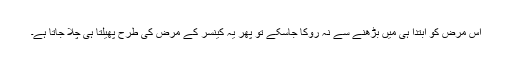
اس مرض کو ابتدا ہی میں بڑھنے سے نہ روکا جاسکے تو پھر یہ کینسر کے مرض کی طرح پھیلتا ہی چلا جاتا ہے۔